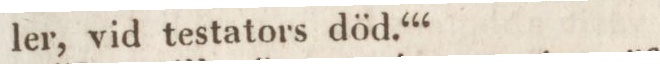
ler, vid testators död.‘“